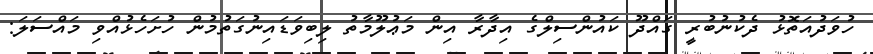
ހުވަދުއަތޮޅު ދެކުނުބުރީ ގައްދޫ ކައުންސިލްގެ އިދާރާ އިން މަޢުލޫމާތު ލިބިވަޑައިނުގަތުމުން ހުށަހެޅުއްވި މައްސަލަ: